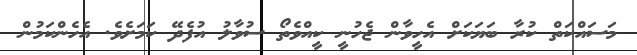
މަސައްކަތް ކުރާ ބަޔަކަށް އެހީވާން ޖެހުނީ ކީއްވެތޯ ސުވާލު އުފެދޭ ކަމަށެވެ. އެހެންކަމުން